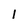
Character: 1